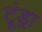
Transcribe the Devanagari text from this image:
टूंड्रा